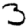
Digit: 3